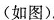
(如图).